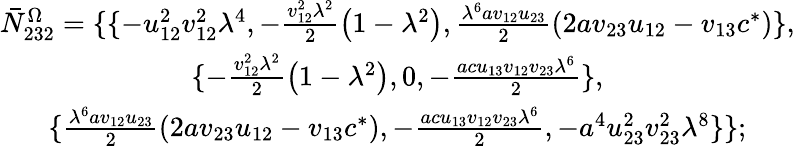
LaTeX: \begin{array}{c}{{\bar{N}_{232}^{\Omega}=\{ \{ -u_{12}^{2}v_{12}^{2}\lambda^{4},-\frac{v_{12}^{2}\lambda^{2}}2\left(1-\lambda^{2}\right),\frac{\lambda^{6}av_{12}u_{23}}2\left(2av_{23}u_{12}-v_{13}c^{*}\right)\} ,}}\\ {{\{ -\frac{v_{12}^{2}\lambda^{2}}2\left(1-\lambda^{2}\right),0,-\frac{acu_{13}v_{12}v_{23}\lambda^{6}}2\} ,}}\\ {{\{ \frac{\lambda^{6}av_{12}u_{23}}2\left(2av_{23}u_{12}-v_{13}c^{*}\right),-\frac{acu_{13}v_{12}v_{23}\lambda^{6}}2,-a^{4}u_{23}^{2}v_{23}^{2}\lambda^{8}\} \} ;}}\end{array}